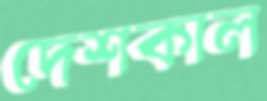
দেশকাল